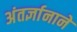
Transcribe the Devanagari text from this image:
अंतर्ज्ञानाने